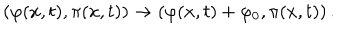
\left( \varphi ( x , t ) , \pi ( x , t ) \right) \to \left( \varphi ( x , t ) + \varphi _ { 0 } , \pi ( x , t ) \right) .